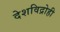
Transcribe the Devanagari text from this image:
देशविद्रोही